Newspaper: Morning journal and courier. [volume]
Place of publication: New Haven [Conn.]
Publisher: J.B. Hotchkiss & Co.
Date: 1890-04-04 00:00:00
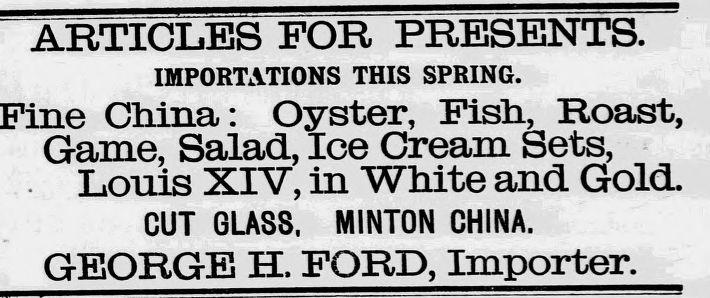
Advertisement text (OCR):
ARTICLES FOR PRESENTS. IMPORTATIONS THIS SPRING. China: Oyster, Fish, Roast, Game, Salad, Ice Cream Sets, . Louis XIV, in White and Gold. CUT GLASS, MINTON CHINA. GEORGE H. FORD, Importer.
Label: text-only